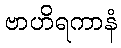
ဗာဟိရကာနံ